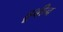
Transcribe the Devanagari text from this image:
ह्रूबीन